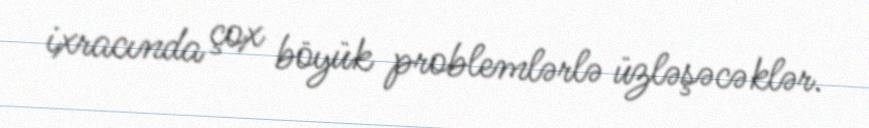
ixracında çox böyük problemlərlə üzləşəcəklər.